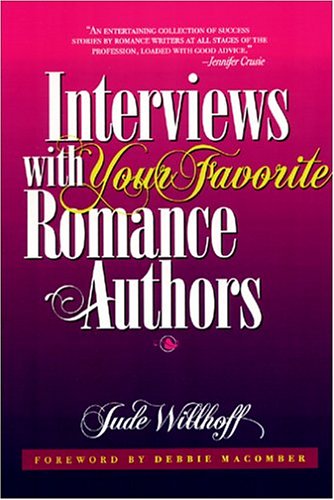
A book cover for Interviews with Your Favorite Romance Authors; Jude Willhoff; Romance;